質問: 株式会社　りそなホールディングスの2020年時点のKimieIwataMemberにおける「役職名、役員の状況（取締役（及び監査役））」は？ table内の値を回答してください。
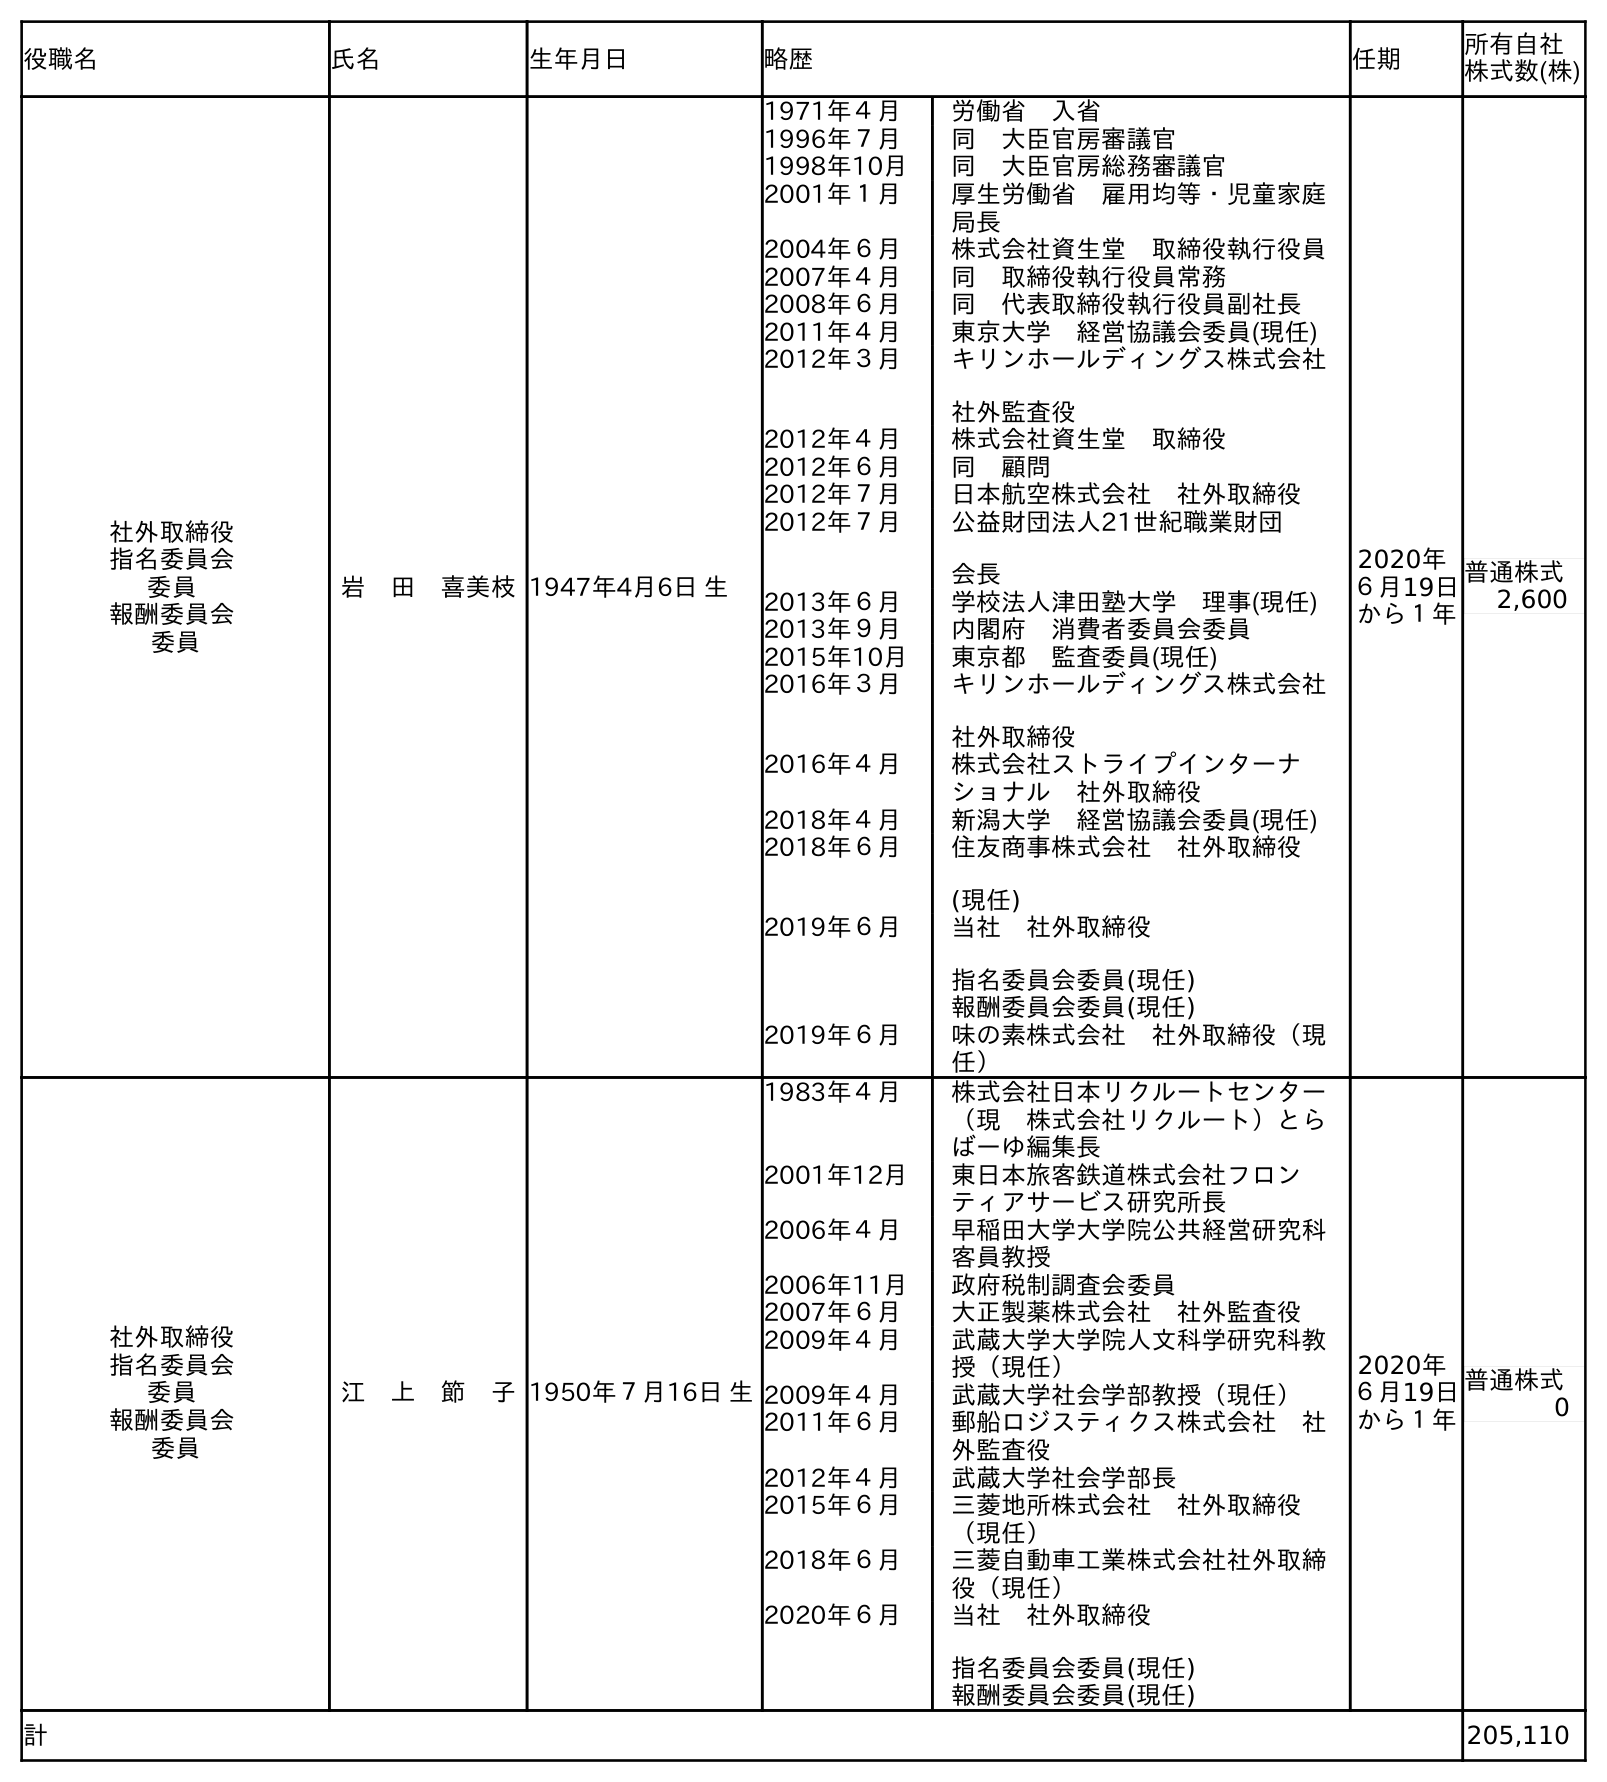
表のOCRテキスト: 役職名 氏名 生年月日 略歴 任期 所有自社 株式数(株) 社外取締役 指名委員会 委員 報酬委員会 委員 岩 田 喜美枝1947年4月6日 生 1971年４月 労働省 入省 1996年７月 同 大臣官房審議官 1998年10月 同 大臣官房総務審議官 2001年１月 厚生労働省 雇用均等・児童家庭 局長 2004年６月 株式会社資生堂 取締役執行役員 2007年４月 同 取締役執行役員常務 2008年６月 同 代表取締役執行役員副社長 2011年４月 東京大学 経営協議会委員(現任) 2012年３月 キリンホールディングス株式会社 社外監査役 2012年４月 株式会社資生堂 取締役 2012年６月 同 顧問 2012年７月 日本航空株式会社 社外取締役 2012年７月 公益財団法人21世紀職業財団 会長 2013年６月 学校法人津田塾大学 理事(現任) 2013年９月 内閣府 消費者委員会委員 2015年10月 東京都 監査委員(現任) 2016年３月 キリンホールディングス株式会社 社外取締役 2016年４月 株式会社ストライプインターナ ショナル 社外取締役 2018年４月 新潟大学 経営協議会委員(現任) 2018年６月 住友商事株式会社 社外取締役 (現任) 2019年６月 当社 社外取締役 指名委員会委員(現任) 報酬委員会委員(現任) 2019年６月 味の素株式会社 社外取締役（現 任） 2020年 ６月19日 から１年 普通株式 2,600 社外取締役 指名委員会 委員 報酬委員会 委員 江 上 節 子1950年７月16日 生 1983年４月 株式会社日本リクルートセンター （現 株式会社リクルート）とら ばーゆ編集長 2001年12月 東日本旅客鉄道株式会社フロン ティアサービス研究所長 2006年４月 早稲田大学大学院公共経営研究科 客員教授 2006年11月 政府税制調査会委員 2007年６月 大正製薬株式会社 社外監査役 2009年４月 武蔵大学大学院人文科学研究科教 授（現任） 2009年４月 武蔵大学社会学部教授（現任） 2011年６月 郵船ロジスティクス株式会社 社 外監査役 2012年４月 武蔵大学社会学部長 2015年６月 三菱地所株式会社 社外取締役 （現任） 2018年６月 三菱自動車工業株式会社社外取締 役（現任） 2020年６月 当社 社外取締役 指名委員会委員(現任) 報酬委員会委員(現任) 2020年 ６月19日 から１年 普通株式 0 計 205,110
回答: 社外取締役指名委員会委員報酬委員会委員